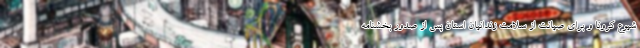
شیوع کرونا و برای صیانت از سلامت زندانیان استان پس از صدور بخشنامه